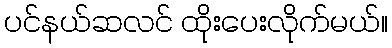
ပင်နယ်ဆလင် ထိုးပေးလိုက်မယ်။